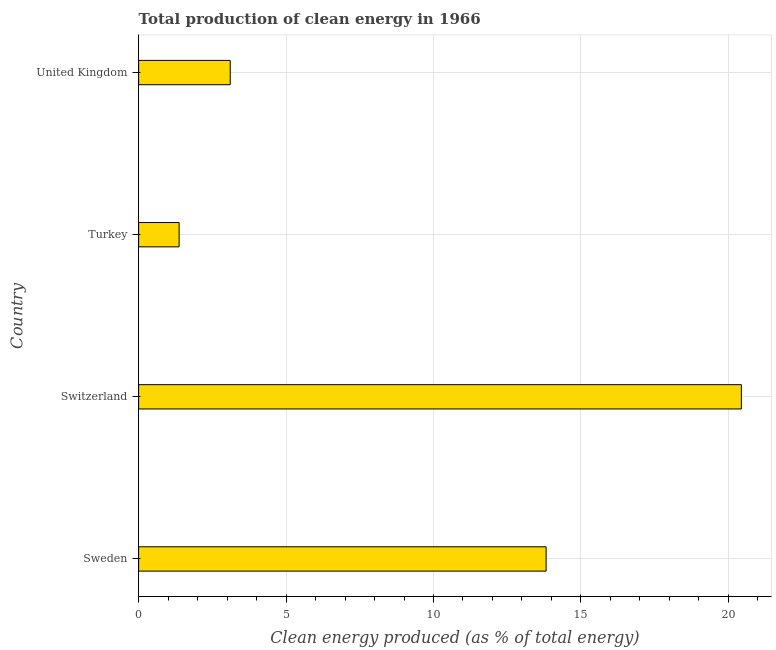
| Country | Alternative and nuclear energy |
 | --- | --- |
 | Sweden | 13.8 |
 | Switzerland | 20.4 |
 | Turkey | 1.37 |
 | United Kingdom | 3.11 |